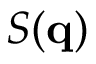
S ( \mathbf { q } )